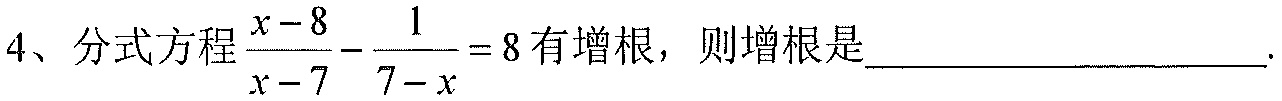
4、分式方程$\dfrac{x - 8}{x - 7}-\dfrac{1}{7 - x}=8$有增根，则增根是____________________.